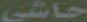
حاشي